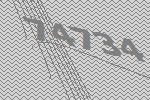
74734